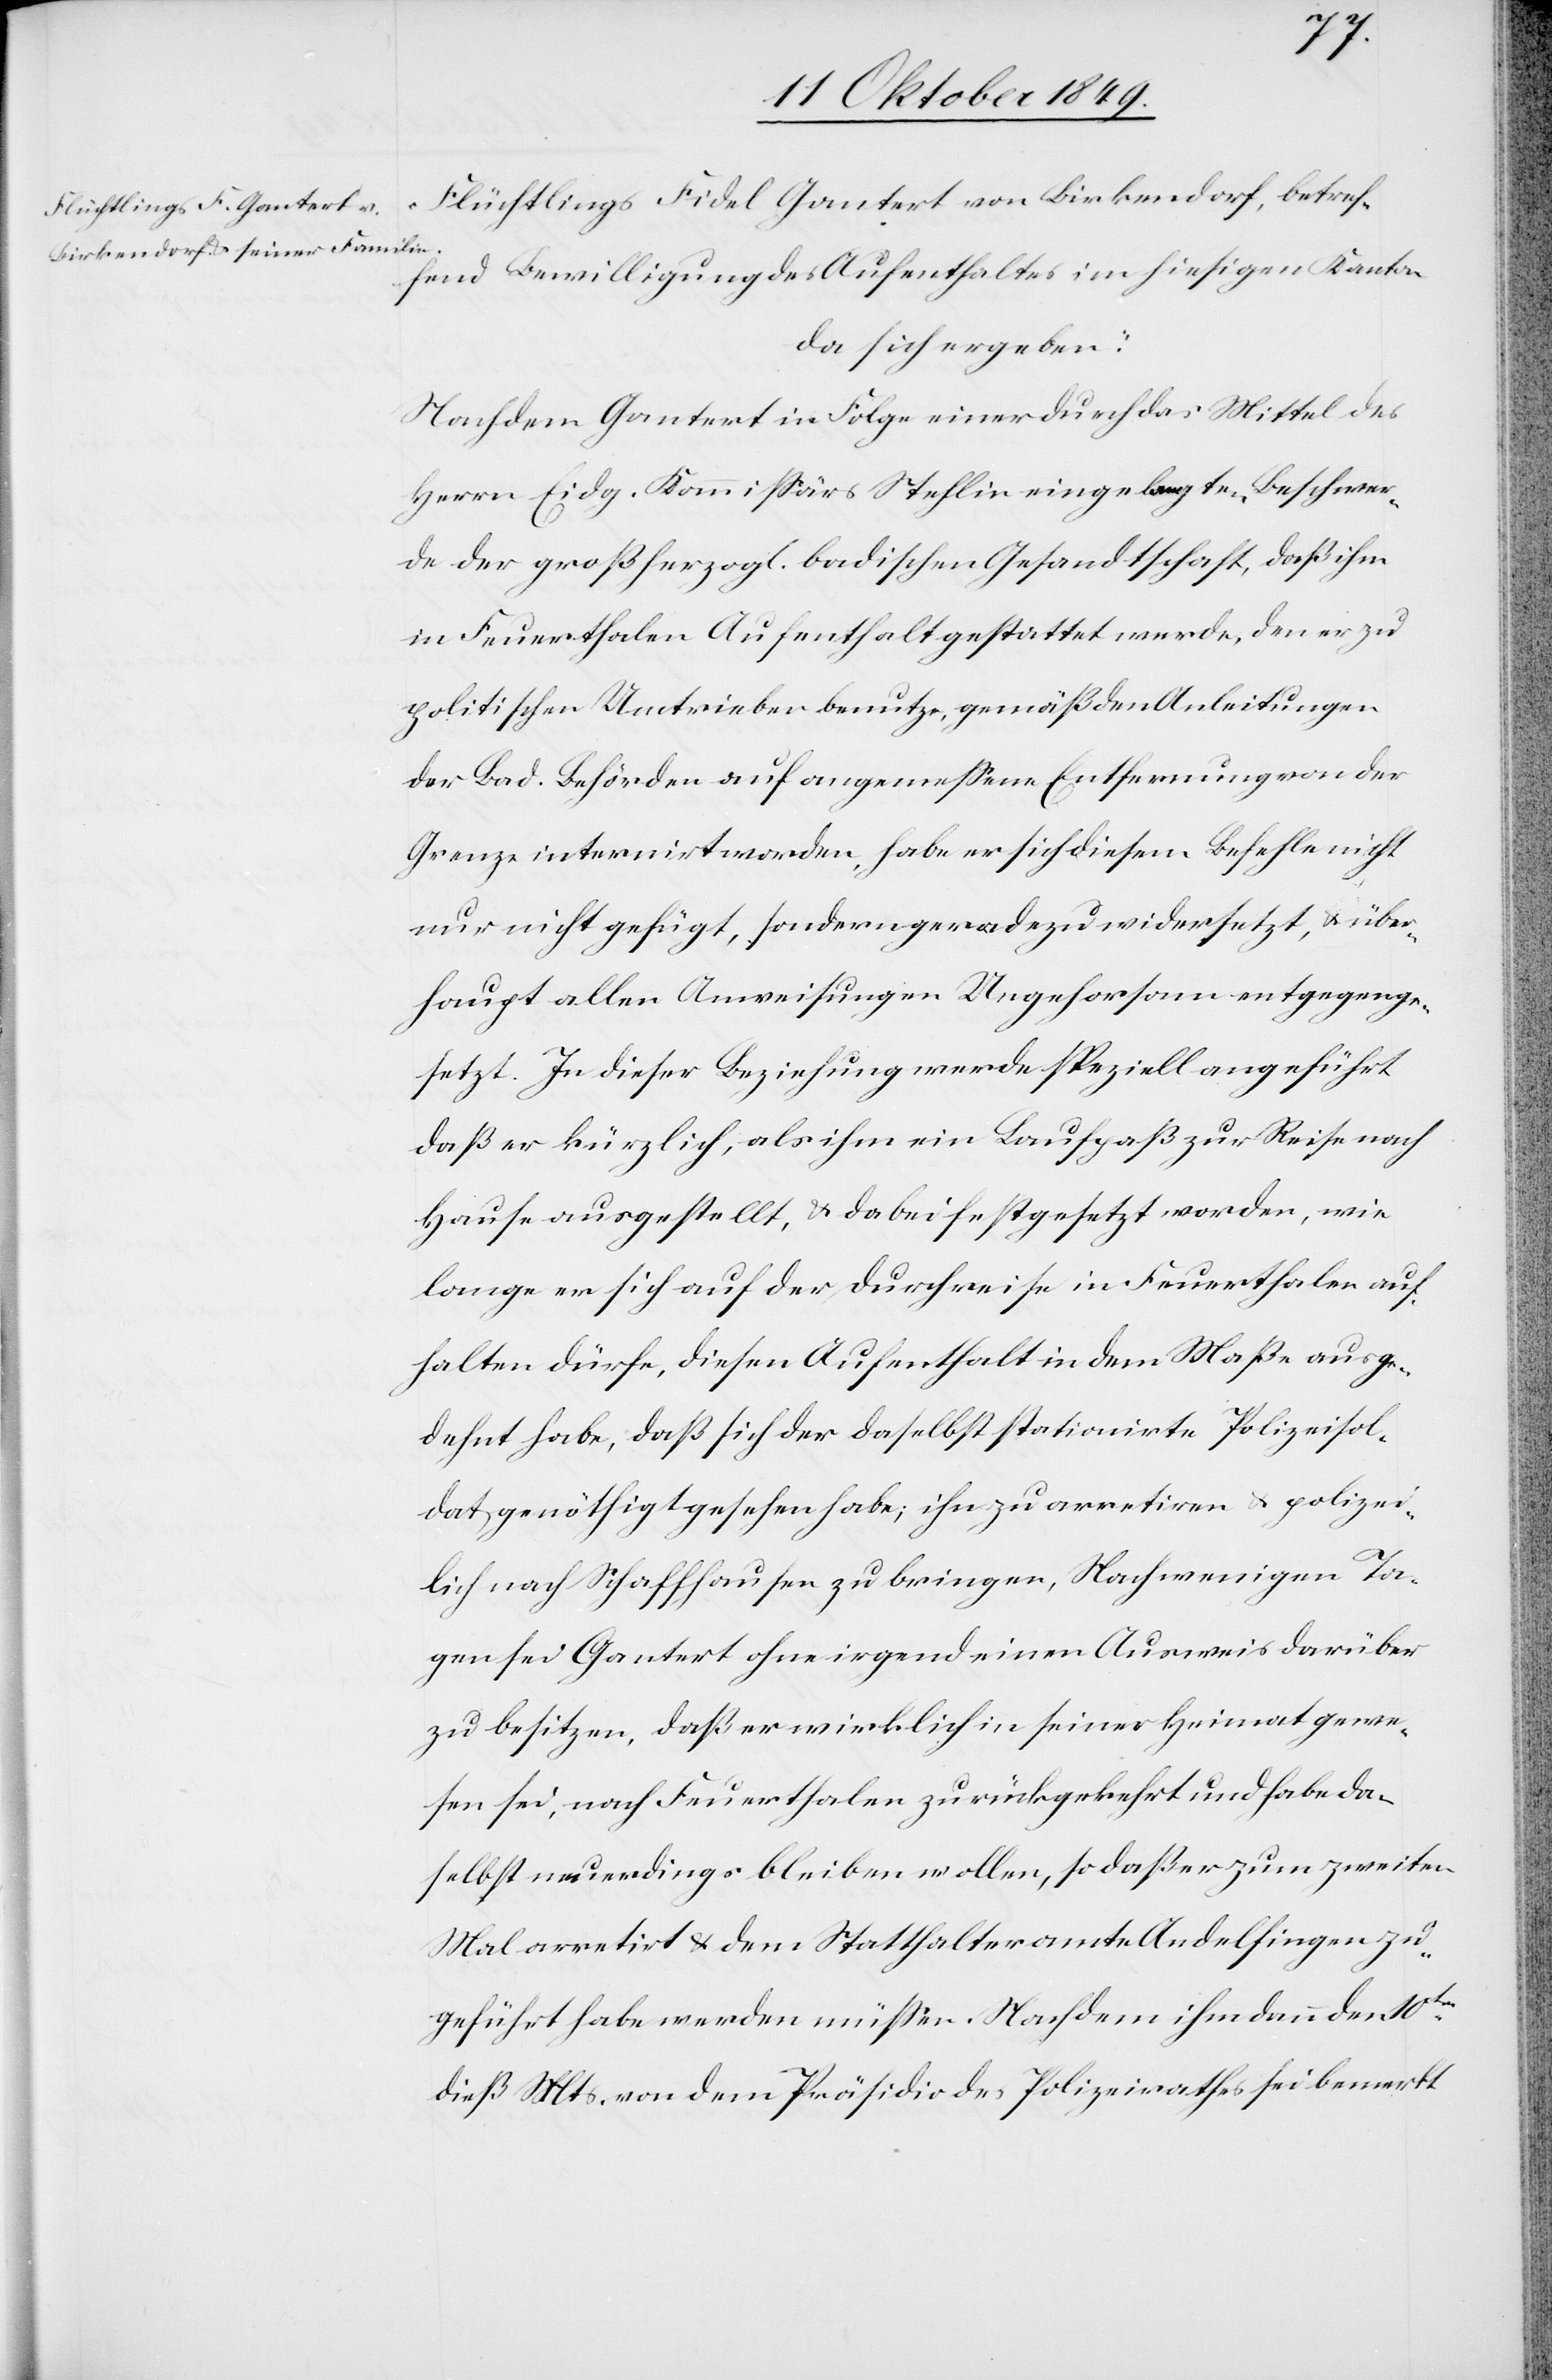
Flüchtlings Fidel Gantert von Birkendorf, betref¬
fend Bewilligung des Aufenthaltes im hiesigen Kanton
da sich ergeben:
Nachdem Gantert in Folge einer durch das Mittel des
Herrn Eidg. Kommißärs Stehlin eingelegte Beschwer¬
de der großherzogl. badischen Gesandtschaft, daß ihm
in Feuerthalen Aufenthalt gestattet werde, den er zu
politischen Umtrieben benutze, gemäß den Anleitungen
der Bad. Behörden auf angemeßene Entfernung von der
Grenze internirt worden, habe er sich diesem Befehle nicht
nur nicht gefügt, sondern geradezu widersetzt, u. über¬
haupt allen Anweisungen Ungehorsam entgegenge¬
setzt. In dieser Beziehung werde speziell angeführt
daß er kürzlich, als ihm ein Laufpaß zur Reise nach
Hause ausgestellt, u. dabei festgesetzt worden, wie
lange er sich auf der Durchreise in Feuerthalen auf¬
halten dürfe, diesen Aufenthalt in dem Maße ausge¬
dehnt habe, daß sich der daselbst stationirte Polizeisol¬
dat genöthigt gesehen habe; ihn zu arretiren u. polizei¬
lich nach Schaffhausen zu bringen, Nach [sic!] wenigen Ta¬
gen sei Gantert ohne irgend einem Ausweis darüber
zu besitzen, daß er nicht wirklich in seiner Heimat gewe¬
sen sei, nach Feuerthalen zurückgekehrt und habe da¬
selbst neuerdings bleiben wollen, so daß er zum zweiten
Mal arretirt u. dem Statthalteramte Andelfingen zu
geführt habe werden müßen. Nachdem ihm dann den 10ten
dieß Mts. von dem Präsidio des Polizeirathes sei bemerkt